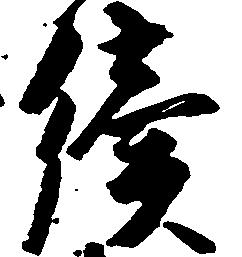
続